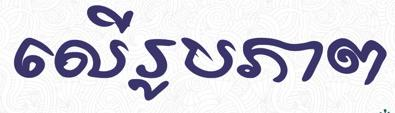
លើរូបភាព